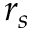
r _ { s }